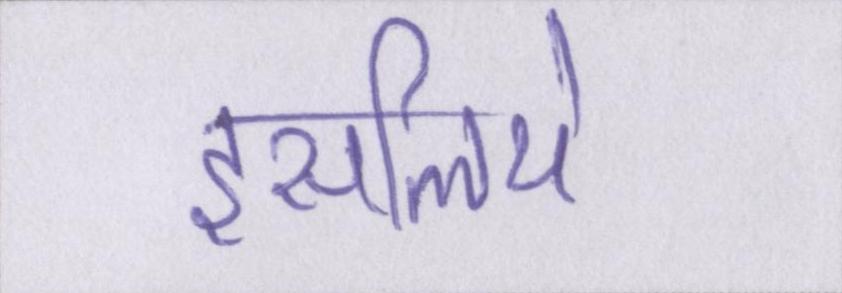
इसलिये